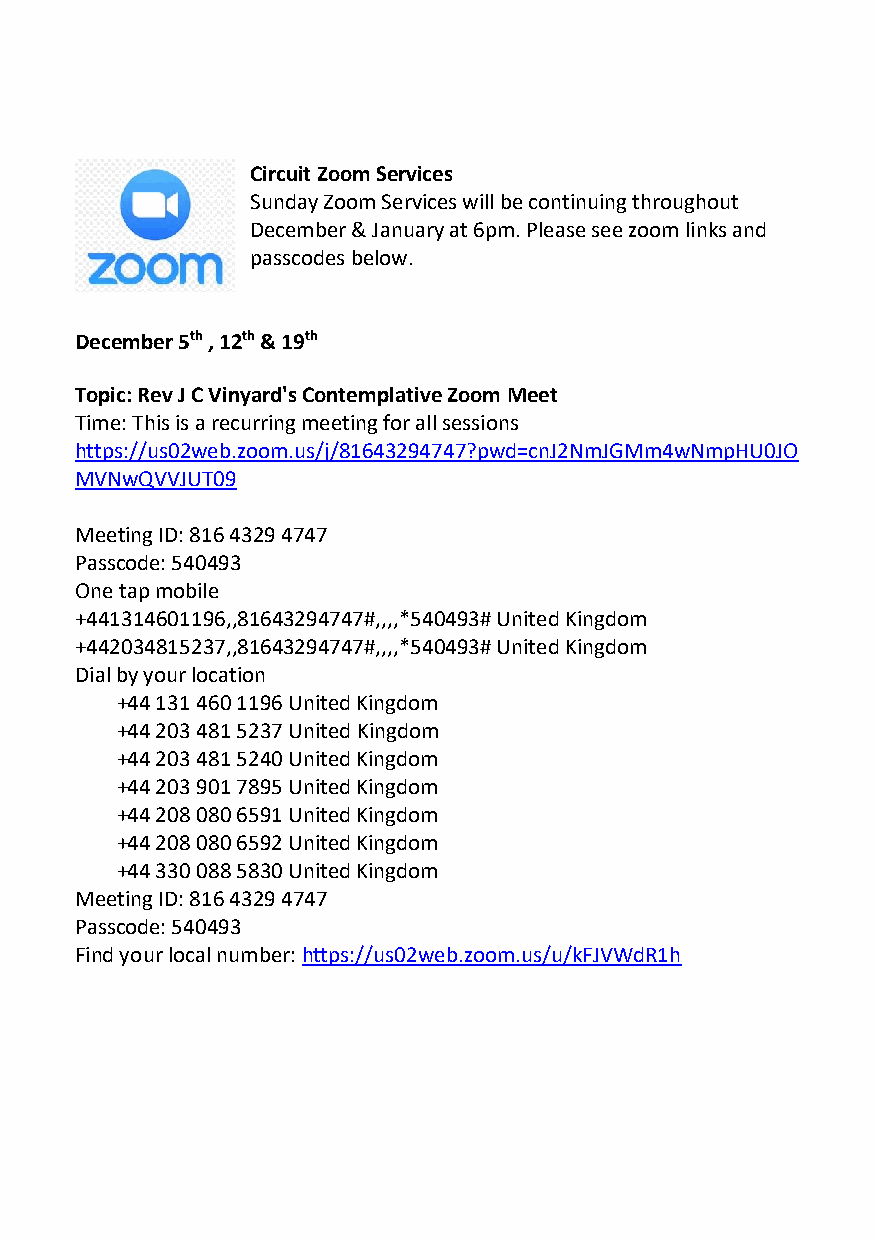
Circuit Zoom Services
 Sunday Zoom Services will be continuing throughout
 December & January at 6pm. Please see zoom links and
 passcodes below.
 December 5th , 12th & 19th
 Topic: Rev J C Vinyard's Contemplative Zoom Meet
 Time: This is a recurring meeting for all sessions
 https://us02web.zoom.us/j/81643294747?pwd=cnJ2NmJGMm4wNmpHU0JO
 MVNwQVVJUT09
 Meeting ID: 816 4329 4747
 Passcode: 540493
 One tap mobile
 +441314601196,,81643294747#,,,,*540493# United Kingdom
 +442034815237,,81643294747#,,,,*540493# United Kingdom
 Dial by your location
 +44 131 460 1196 United Kingdom
 +44 203 481 5237 United Kingdom
 +44 203 481 5240 United Kingdom
 +44 203 901 7895 United Kingdom
 +44 208 080 6591 United Kingdom
 +44 208 080 6592 United Kingdom
 +44 330 088 5830 United Kingdom
 Meeting ID: 816 4329 4747
 Passcode: 540493
 Find your local number: https://us02web.zoom.us/u/kFJVWdR1h